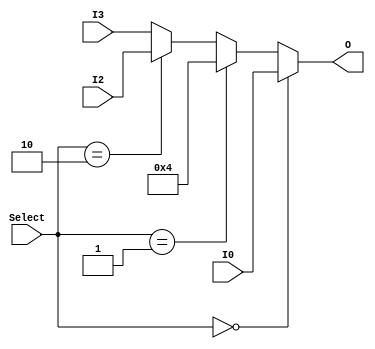
// MUX 4 para 1 usado como ALUSrcB.

module MUX_ALUSrcB (
    output wire [31:0] O,
    input  wire [31:0] I0,
    input  wire [31:0] I2,
    input  wire [31:0] I3,
    input  wire [1:0]  Select
);

assign O = (Select == 2'b00) ? I0:    // B
           (Select == 2'b01) ? 32'd4: // 4
           (Select == 2'b10) ? I2:    // Instruo [15-0] - extend 32
                               I3;    // Instruo [15-0] - extend 32 e shift left 2
    
endmodule